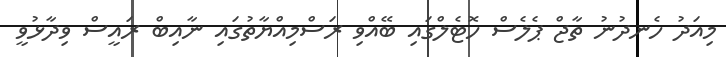
މިއަދު ހެނދުނު ތާޖް ޕެލެސް ހޮޓެލްގައި ބޭއްވި ރަސްމިއްޔާތުގައި ނާއިބް ރައީސް ވިދާޅުވީ